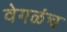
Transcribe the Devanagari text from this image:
वेगळंच